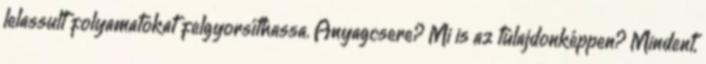
lelassult folyamatokat felgyorsíthassa. Anyagcsere? Mi is az tulajdonképpen? Mindent,